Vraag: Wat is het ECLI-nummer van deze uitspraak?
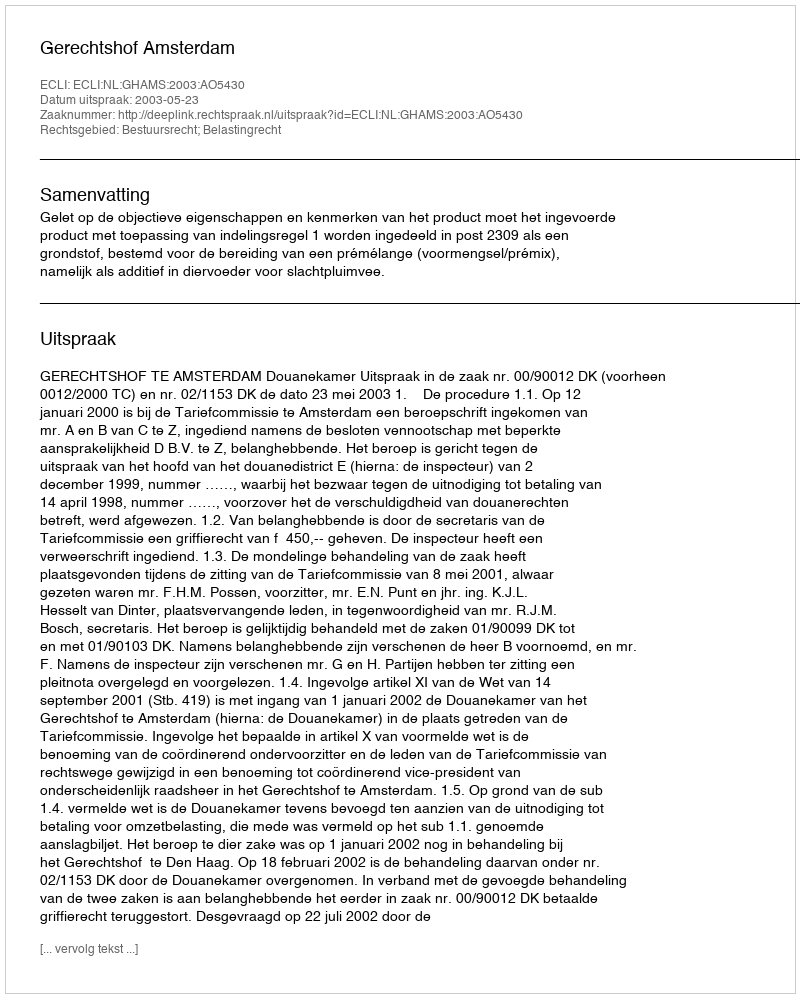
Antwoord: ECLI:NL:GHAMS:2003:AO5430